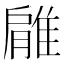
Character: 𨿱